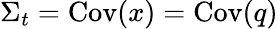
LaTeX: \Sigma_{t}=\operatorname*{Cov}(x)=\operatorname*{Cov}(q)